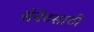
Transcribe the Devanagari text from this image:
सेनेटसाठी